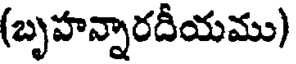
(బృహన్నారదీయము)